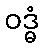
ဝဒ္ဓံ